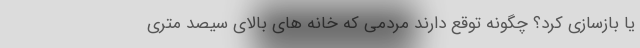
یا بازسازی کرد؟ چگونه توقع دارند مردمی که خانه های بالای سیصد متری